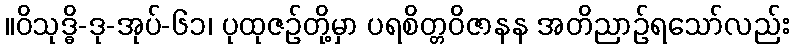
။ဝိသုဒ္ဓိ-ဒု-အုပ်-၆၁၊ ပုထုဇဉ်တို့မှာ ပရစိတ္တဝိဇာနန အတိညာဉ်ရသော်လည်း